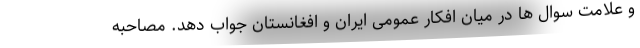
و علامت سوال ها در میان افکار عمومی ایران و افغانستان جواب دهد. مصاحبه